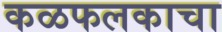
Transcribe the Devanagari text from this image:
कळफलकाचा